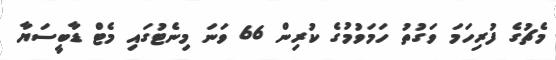
މެޗުގެ ފުރިހަމަ ވަގުތު ހަމަވުމުގެ ކުރިން 66 ވަނަ މިނެޓުގައި މެޓް ޑާބީސަޔާ